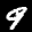
Label: 9